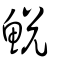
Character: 鮵